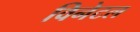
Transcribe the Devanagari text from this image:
विनेटल